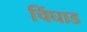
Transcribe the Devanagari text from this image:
चिंघाड